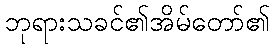
ဘုရားသခင်၏အိမ်တော်၏